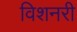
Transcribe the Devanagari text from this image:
विशनरी